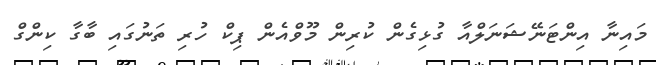
މައިނާ އިންޓަނޭޝަނަލްއާ ގުޅިގެން ކުރިން މޫވްއެން ޕިކް ހުރި ތަނުގައި ބާގާ ކިންގް